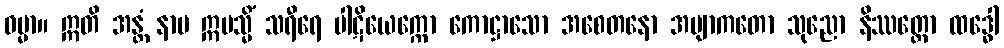
ဓမ္မာ။ ဣတိ အန္တံ နာမ ဣမသ္မိံ သရီရေ ပါဋိယေက္ကော ကောဋ္ဌာသော အစေတနော အဗျာကတော သုညော နိဿတ္တော ထဒ္ဓေါ